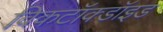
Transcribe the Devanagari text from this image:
विकटॉक्डॉइड